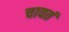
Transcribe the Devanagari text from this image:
चावतं